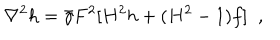
\nabla ^ { 2 } h = \bar { \gamma } F ^ { 2 } [ H ^ { 2 } h + ( H ^ { 2 } - 1 ) f ] \; \; ,